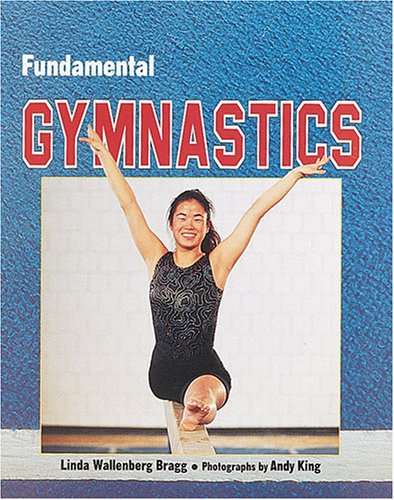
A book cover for Fundamental Gymnastics (Fundamental Sports); Linda W. Bragg; Children's Books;